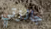
جائزتي